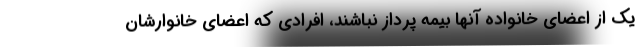
یک از اعضای خانواده آنها بیمه پرداز نباشند، افرادی که اعضای خانوارشان